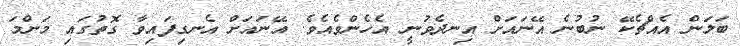
ބަލަން އެއްޗެކޭ ނުބުނެ އޭނައަށް އިނދެވުނީ އެހެންވެއެވެ. އޭނައަށް އެނގިފައިވާ ގޮތުގައި މަންމަ